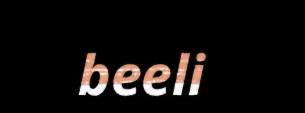
beeli